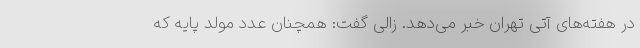
در هفته‌های آتی تهران خبر می‌دهد. زالی گفت: همچنان عدد مولد پایه که